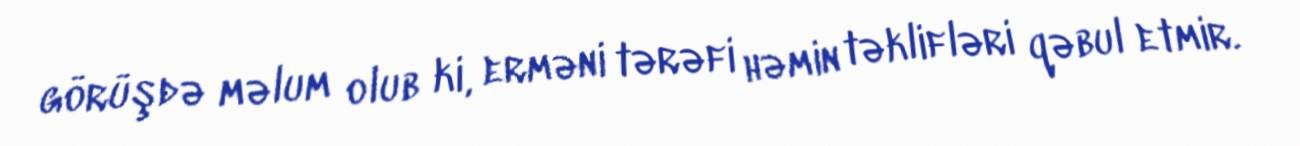
görüşdə məlum olub ki, erməni tərəfi həmin təklifləri qəbul etmir.